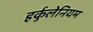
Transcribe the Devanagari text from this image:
हर्कुलेनियम